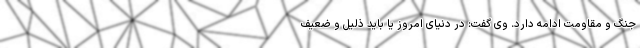
جنگ و مقاومت ادامه دارد. وی گفت: در دنیای امروز یا باید ذلیل و ضعیف